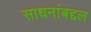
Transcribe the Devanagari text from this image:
साधनांबद्दल